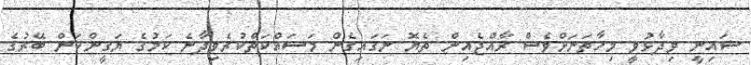
ޝައިނީ ވިދާޅުވީ މިހާތަނަށްވެސް ރާއްޖެއިން ތެޔޮ ނަގައިގެން މަސައްކަތްކުރެވިދާނެ ކަމުގެ ޔަގީންކަން ބޭރުގެ